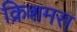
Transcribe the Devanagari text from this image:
क्रिशमस